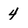
Character: 4